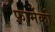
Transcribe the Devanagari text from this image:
फ़ार्मेको